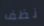
نظف